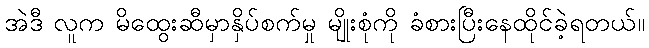
အဲဒီ လူက မိထွေးဆီမှာနှိပ်စက်မှု မျိုးစုံကို ခံစားပြီးနေထိုင်ခဲ့ရတယ်။